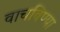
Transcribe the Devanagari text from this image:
वाचविण्या